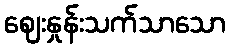
ဈေးနှုန်းသက်သာသော